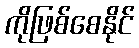
ကိုဖြစ်စေနိုင်